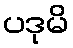
ပဒုမိ